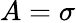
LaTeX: A=\sigma